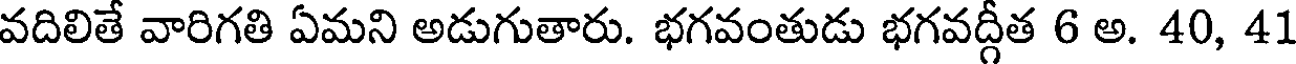
వదిలితే వారిగతి ఏమని అడుగుతారు. భగవంతుడు భగవద్గీత 6 అ. 40, 41